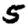
Digit: 5